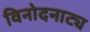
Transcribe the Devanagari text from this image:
विनोदनाट्य